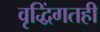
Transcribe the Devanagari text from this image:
वृद्धिंगतही